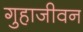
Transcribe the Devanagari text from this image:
गुहाजीवन